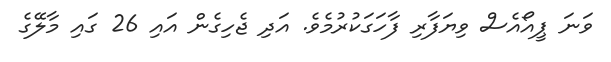
ވަނަ ޕީއޯއެސް ވިޔަފާރި ފާހަގަކުރުމެވެ. އަދި ޖެހިގެން އައި 26 ގައި މާލޭގެ